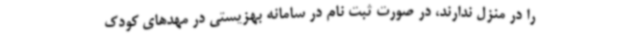
را در منزل ندارند، در صورت ثبت نام در سامانه بهزیستی در مهدهای کودک